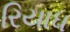
રિયાધ